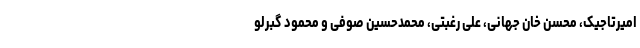
امیرتاجیک، محسن خان جهانی، علی رغبتی، محمدحسین صوفی و محمود گبرلو